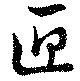
匣